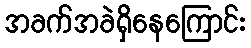
အခက်အခဲရှိနေကြောင်း